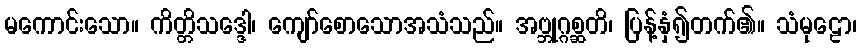
မကောင်းသော။ ကိတ္တိသဒ္ဒေါ၊ ကျော်စောသောအသံသည်။ အဗ္ဘုဂ္ဂစ္ဆတိ၊ ပြန့်နှံ၍တက်၏။ သံမုဠော၊